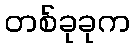
တစ်ခုခုက